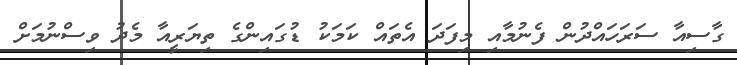
ގާސިއާ ސަރަހައްދުން ފެނުމާއި މިފަދަ އެތައް ކަމަކު ޑުގައިންގެ ތިޔަރީއާ މެދު ވިސްނުމަށް